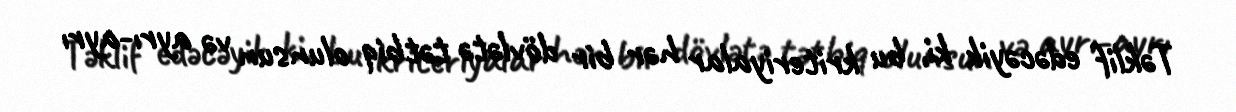
Təklif edəcəyik ki, bu kriteriyalar hər bir dövlətə tətbiq olunsun və ayrı-ayrı